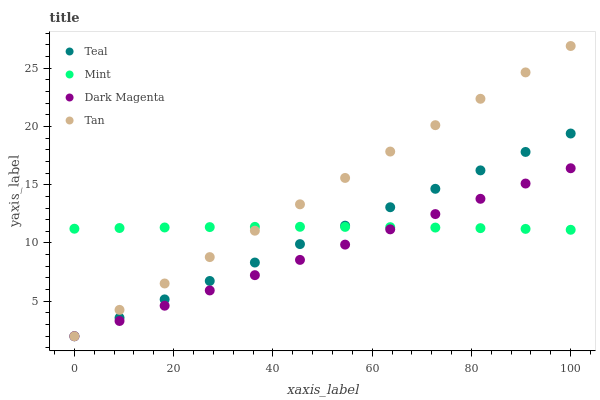
| xaxis_label | Teal | Mint | Dark Magenta | Tan |
 | --- | --- | --- | --- | --- |
 | 0 | 2 | 11.2 | 2 | 2 |
 | 9.09 | 3.58 | 11.3 | 3.31 | 4.26 |
 | 18.2 | 5.16 | 11.3 | 4.62 | 6.53 |
 | 27.3 | 6.74 | 11.4 | 5.93 | 8.79 |
 | 36.4 | 8.32 | 11.4 | 7.24 | 11.1 |
 | 45.5 | 9.9 | 11.4 | 8.55 | 13.3 |
 | 54.5 | 11.5 | 11.4 | 9.86 | 15.6 |
 | 63.6 | 13.1 | 11.4 | 11.2 | 17.8 |
 | 72.7 | 14.6 | 11.3 | 12.5 | 20.1 |
 | 81.8 | 16.2 | 11.3 | 13.8 | 22.4 |
 | 90.9 | 17.8 | 11.2 | 15.1 | 24.6 |
 | 100 | 19.4 | 11.1 | 16.4 | 26.9 |